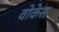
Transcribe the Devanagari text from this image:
वोकेस